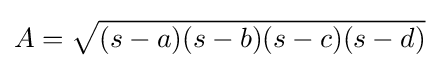
A={\sqrt {(s-a)(s-b)(s-c)(s-d)}}